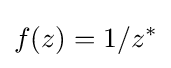
f(z)=1/z^{*}